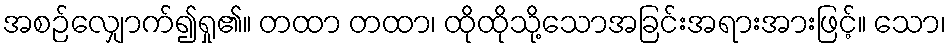
အစဉ်လျှောက်၍ရှု၏။ တထာ တထာ၊ ထိုထိုသို့သောအခြင်းအရားအားဖြင့်။ သော၊